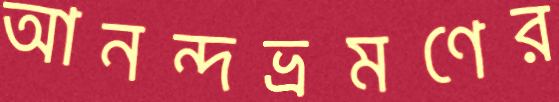
আনন্দভ্রমণের